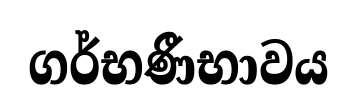
ගර්භණීභාවය